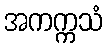
အကက္ကသံ